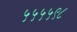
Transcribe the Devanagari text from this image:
५५५५९८